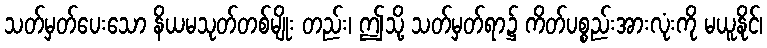
သတ်မှတ်ပေးသော နိယမသုတ်တစ်မျိုး တည်း၊ ဤသို့ သတ်မှတ်ရာ၌ ကိတ်ပစ္စည်းအားလုံးကို မယူနိုင်၊